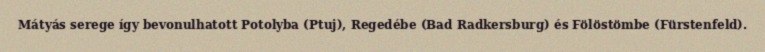
Mátyás serege így bevonulhatott Potolyba (Ptuj), Regedébe (Bad Radkersburg) és Fölöstömbe (Fürstenfeld).